画像に写った文字を読んでください
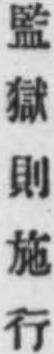
「監獄則施行」と書いてあります